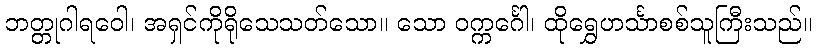
ဘတ္တုဂါရဝေါ၊ အရှင်ကိုရိုသေသတ်သော။ သော ဝက္ကင်္ဂေါ၊ ထိုရွှေဟင်္သာစစ်သူကြီးသည်။